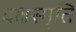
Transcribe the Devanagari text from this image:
दक्षस्मृति